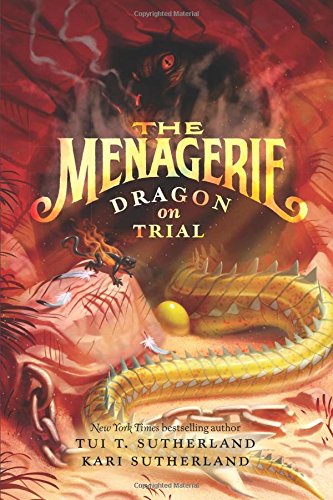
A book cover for The Menagerie #2: Dragon on Trial; Tui T. Sutherland; Children's Books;